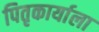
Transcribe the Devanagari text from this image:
पितृकार्याला